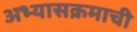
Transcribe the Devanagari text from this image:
अभ्‍यासक्रमाची